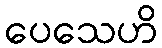
ပေသေဟိ